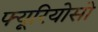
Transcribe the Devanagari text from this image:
फ्यूरियोसो